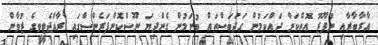
އާރާބާރާއި ނުފޫޒު އޮތްކަން ދައްކަމުން ގަދަބަސްތައް ބުނަމުން ގެންދިޔަ ނޫސްކޮންފަރެންސްގައި ރާއްޖެޓީވީގެ ޒުވާން